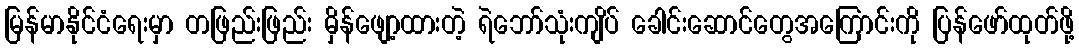
မြန်မာနိုင်ငံရေးမှာ တဖြည်းဖြည်း မှိန်ဖျော့ထားတဲ့ ရဲဘော်သုံးကျိပ် ခေါင်းဆောင်တွေအကြောင်းကို ပြန်ဖော်ထုတ်ဖို့